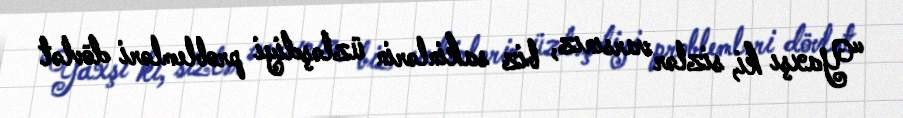
“Yaxşı ki, sizlər varsınız, biz sakinlərin üzləşdiyi problemləri dövlət